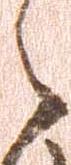
之